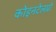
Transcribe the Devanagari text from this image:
कोइनटेलप्रो